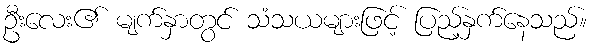
ဦးလေး၏ မျက်နှာတွင် သံသယများဖြင့် ပြည့်နှက်နေသည်။